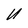
Character: U